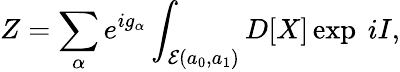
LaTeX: Z=\sum_{\alpha}e^{ig_{\alpha}}\int_{{\cal E}(a_{0},a_{1})}D[X]\exp\ iI,